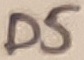
Text: D5